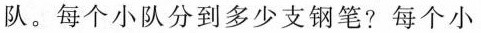
队。每个小队分到多少支钢笔?每个小